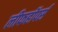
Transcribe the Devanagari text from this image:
लीफहॉपर्स